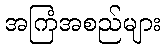
အကြံအစည်များ